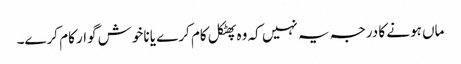
ماں ہونے کا درجہ یہ نہیں کہ وہ پھٹکل کام کرے یا ناخوش گوار کام کرے۔